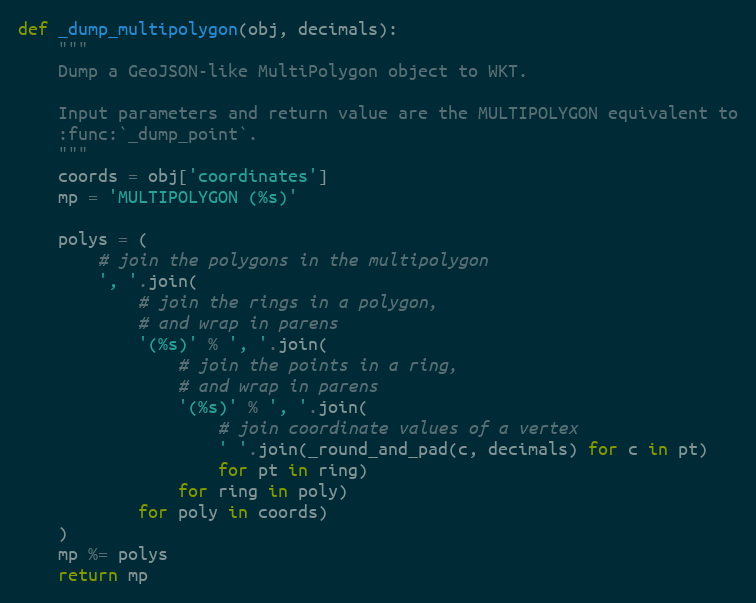
Language: Python
def _dump_multipolygon(obj, decimals):
    """
    Dump a GeoJSON-like MultiPolygon object to WKT.

    Input parameters and return value are the MULTIPOLYGON equivalent to
    :func:`_dump_point`.
    """
    coords = obj['coordinates']
    mp = 'MULTIPOLYGON (%s)'

    polys = (
        # join the polygons in the multipolygon
        ', '.join(
            # join the rings in a polygon,
            # and wrap in parens
            '(%s)' % ', '.join(
                # join the points in a ring,
                # and wrap in parens
                '(%s)' % ', '.join(
                    # join coordinate values of a vertex
                    ' '.join(_round_and_pad(c, decimals) for c in pt)
                    for pt in ring)
                for ring in poly)
            for poly in coords)
    )
    mp %= polys
    return mp